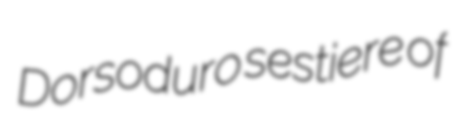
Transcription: Dorsoduro sestiere of